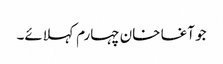
جو آغا خان چہارم کہلائے۔